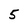
Character: 5